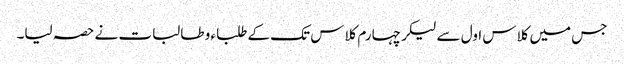
جس میں کلاس اول سے لیکر چہارم کلاس تک کے طلباء و طالبات نے حصہ لیا۔